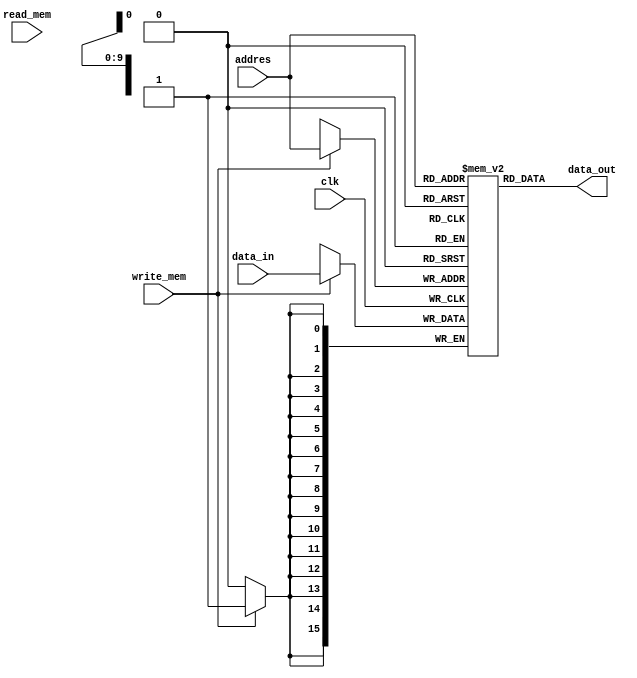
module mem_data(
	input clk,
	input  [9:0] addres,
	input  [15:0] data_in,
	input	 write_mem,
	input  read_mem,
	output [15:0] data_out);
	
  
	reg [15:0] mem[0:1023]; 
	
	always @(posedge clk) begin
	
		if (write_mem) mem[addres] <= data_in;
	
	end
  
	assign data_out = mem[addres];
endmodule